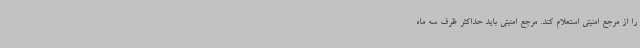
را از مرجع امنیتی استعلام کند. مرجع امنیتی باید حداکثر ظرف سه ماه